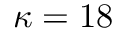
\kappa = 1 8